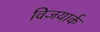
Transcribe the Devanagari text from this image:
विजयार्क